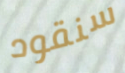
سنقود